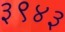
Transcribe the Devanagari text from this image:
३९४३